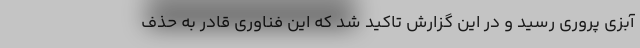
آبزی پروری رسید و در این گزارش تاکید شد که این فناوری قادر به حذف